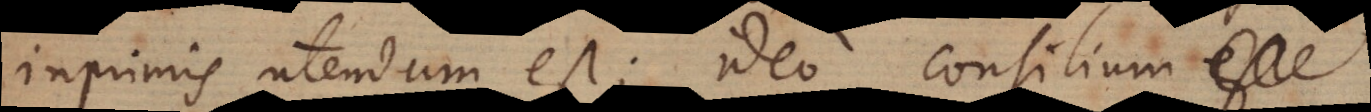
inprimis utendum est; ideo consilium esse